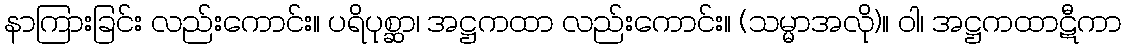
နာကြားခြင်း လည်းကောင်း။ ပရိပုစ္ဆာ၊ အဋ္ဌကထာ လည်းကောင်း။ (သမ္မာအလို)။ ဝါ၊ အဋ္ဌကထာဋီကာ